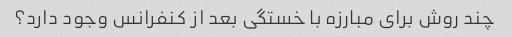
چند روش برای مبارزه با خستگی بعد از کنفرانس وجود دارد؟